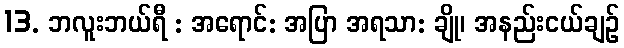
13. ဘလူးဘယ်ရီ : အရောင်: အပြာ အရသာ: ချို၊ အနည်းငယ်ချဉ်